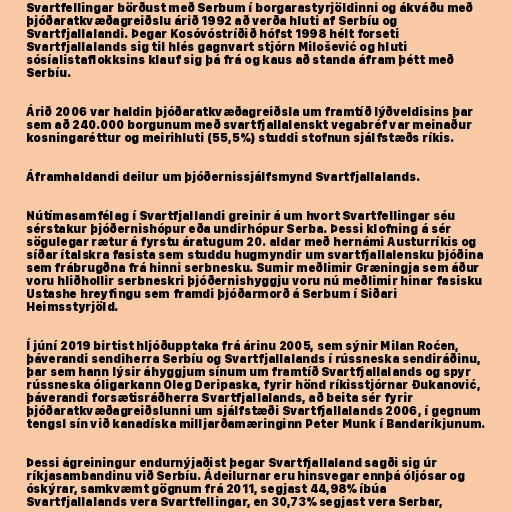
Svartfellingar börðust með Serbum í borgarastyrjöldinni og ákváðu með
þjóðaratkvæðagreiðslu árið 1992 að verða hluti af Serbíu og
Svartfjallalandi. Þegar Kosóvóstríðið hófst 1998 hélt forseti
Svartfjallalands sig til hlés gagnvart stjórn Milošević og hluti
sósíalistaflokksins klauf sig þá frá og kaus að standa áfram þétt með
Serbíu.

Árið 2006 var haldin þjóðaratkvæðagreiðsla um framtíð lýðveldisins þar
sem að 240.000 borgunum með svartfjallalenskt vegabréf var meinaður
kosningaréttur og meirihluti (55,5%) studdi stofnun sjálfstæðs ríkis.

Áframhaldandi deilur um þjóðernissjálfsmynd Svartfjallalands.

Nútímasamfélag í Svartfjallandi greinir á um hvort Svartfellingar séu
sérstakur þjóðernishópur eða undirhópur Serba. Þessi klofning á sér
sögulegar rætur á fyrstu áratugum 20. aldar með hernámi Austurríkis og
síðar ítalskra fasista sem studdu hugmyndir um svartfjallalensku þjóðina
sem frábrugðna frá hinni serbnesku. Sumir meðlimir Græningja sem áður
voru hliðhollir serbneskri þjóðernishyggju voru nú meðlimir hinar fasisku
Ustashe hreyfingu sem framdi þjóðarmorð á Serbum í Siðari
Heimsstyrjöld.

Í júní 2019 birtist hljóðupptaka frá árinu 2005, sem sýnir Milan Roćen,
þáverandi sendiherra Serbíu og Svartfjallalands í rússneska sendiráðinu,
þar sem hann lýsir áhyggjum sínum um framtíð Svartfjallalands og spyr
rússneska óligarkann Oleg Deripaska, fyrir hönd ríkisstjórnar Đukanović,
þáverandi forsætisráðherra Svartfjallalands, að beita sér fyrir
þjóðaratkvæðagreiðslunni um sjálfstæði Svartfjallalands 2006, í gegnum
tengsl sín við kanadíska milljarðamæringinn Peter Munk í Bandaríkjunum.

Þessi ágreiningur endurnýjaðist þegar Svartfjallaland sagði sig úr
ríkjasambandinu við Serbíu. Ádeilurnar eru hinsvegar ennþá óljósar og
óskýrar, samkvæmt gögnum frá 2011, segjast 44,98% íbúa
Svartfjallalands vera Svartfellingar, en 30,73% segjast vera Serbar,